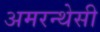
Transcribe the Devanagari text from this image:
अमरन्थेसी